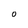
Character: O